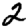
Digit: 2